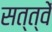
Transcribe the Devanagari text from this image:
सत्त्वें